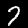
Digit: 7